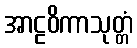
အာဠဝိကာသုတ္တံ